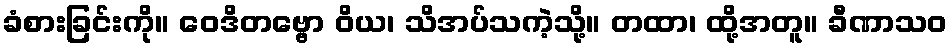
ခံစားခြင်းကို။ ဝေဒိတဗ္ဗော ဝိယ၊ သိအပ်သကဲ့သို့။ တထာ၊ ထို့အတူ။ ခီဏာသဝ